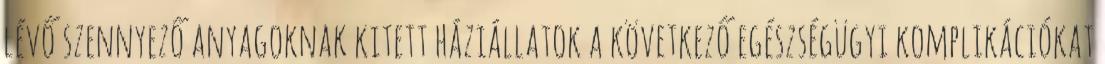
lévő szennyező anyagoknak kitett háziállatok a következő egészségügyi komplikációkat